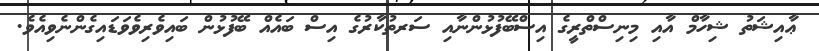
ޢާއިޝަތު ޝިހާމް އާއި މިނިސްތްރީގެ އިސްބޭފުޅުންނާއި ސަރތުކާރުގެ އިސް ބައެއް ބޭފުޅުން ބައިވެރިވެވަޑައިގެންނެވިއެވެ.